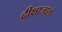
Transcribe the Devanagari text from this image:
दीक्षाजालं